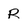
Character: R